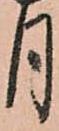
月